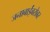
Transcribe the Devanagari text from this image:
जनाबाईंबरोबर